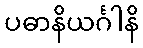
ပဓာနိယင်္ဂါနိ